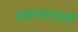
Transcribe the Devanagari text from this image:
महाभारतमें